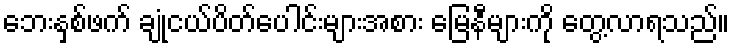
ဘေးနှစ်ဖက် ချုံငယ်ပိတ်ပေါင်းများအစား မြေနီများကို တွေ့လာရသည်။